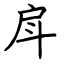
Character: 戽